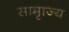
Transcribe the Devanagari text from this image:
सामृाज्य